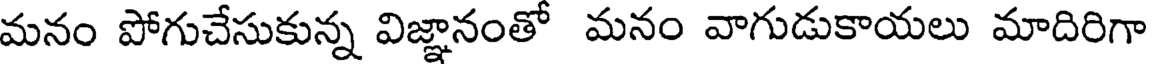
మనం పోగుచేసుకున్న విజ్ఞానంతో మనం వాగుడుకాయలు మాదిరిగా